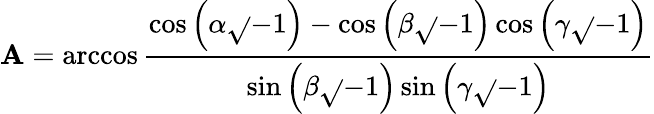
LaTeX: \mathbf{A}=\operatorname{arccos}{\frac{{\cos\left(\alpha{\sqrt{}{{-1}}}\right)-\cos\left(\beta{\sqrt{}{{-1}}}\right)\cos\left(\gamma{\sqrt{}{{-1}}}\right)}}{{\sin\left(\beta{\sqrt{}{{-1}}}\right)\sin\left(\gamma{\sqrt{}{{-1}}}\right)}}}